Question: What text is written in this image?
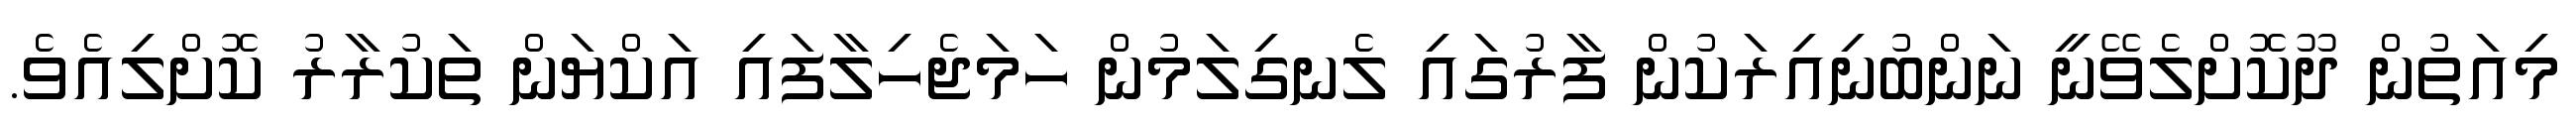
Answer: މިއަތުން ދޫކޮށްލެވޭނީ ނަންބުނިއިރަކުން ފާރުގައި ލެނގިލަމުން ހަމަޖެހިލާފައި އަކްޔަން ތަކުރާރު ކޮށްލިއެވެ.